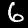
Digit: 6